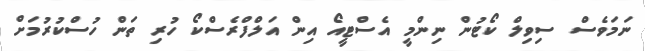
ނަމަވެސް ސިވިލް ކޯޓުން ނިންމީ އެސްޓީއޯ އިން އަލްފްރެސްކޯ ހުރި ތަން ހުސްކުރުމަށް